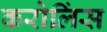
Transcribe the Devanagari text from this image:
करोलिंस